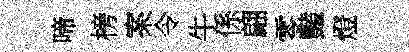
啼榜案令牛係翩零豔燈